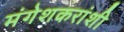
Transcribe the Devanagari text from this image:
मंगेशकरांशी